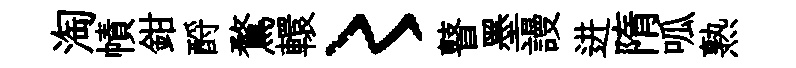
淘幘鉗酹鶩轘〻瞽墨謾进隋呱熟